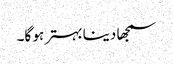
سمجھا دینا بہتر ہو گا۔